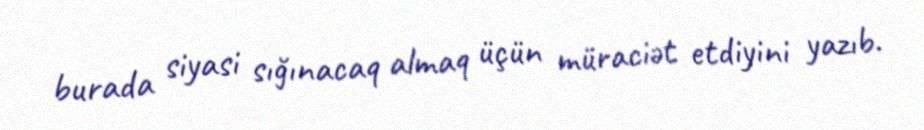
burada siyasi sığınacaq almaq üçün müraciət etdiyini yazıb.